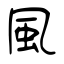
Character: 風